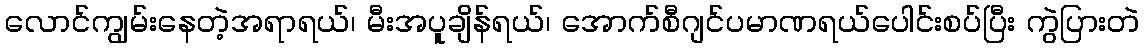
လောင်ကျွမ်းနေတဲ့အရာရယ်၊ မီးအပူချိန်ရယ်၊ အောက်စီဂျင်ပမာဏရယ်ပေါင်းစပ်ပြီး ကွဲပြားတဲ